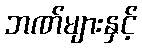
ဘဏ်များနှင့်